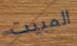
المبيت